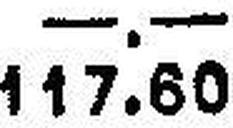
117.60